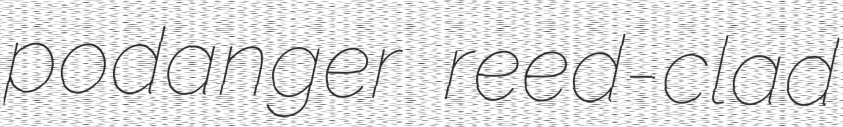
podanger reed-clad